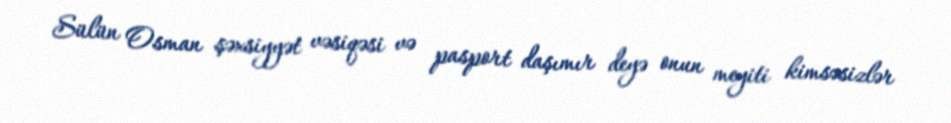
Sülün Osman şəxsiyyət vəsiqəsi və pasport daşımır deyə onun meyiti kimsəsizlər